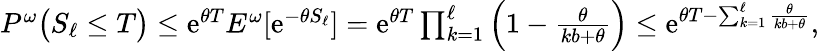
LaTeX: \begin{array}{r}{P^{\omega}\big(S_{\ell}\leq T\big)\leq\mathrm{e}^{\theta T}E^{\omega}[\mathrm{e}^{-\theta S_{\ell}}]=\mathrm{e}^{\theta T}\prod_{k=1}^{\ell}\Big(1-\frac\theta{kb+\theta}\Big)\leq\mathrm{e}^{\theta T-\sum_{k=1}^{\ell}\frac\theta{kb+\theta}},}\end{array}